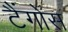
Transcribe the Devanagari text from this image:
टैंगोस